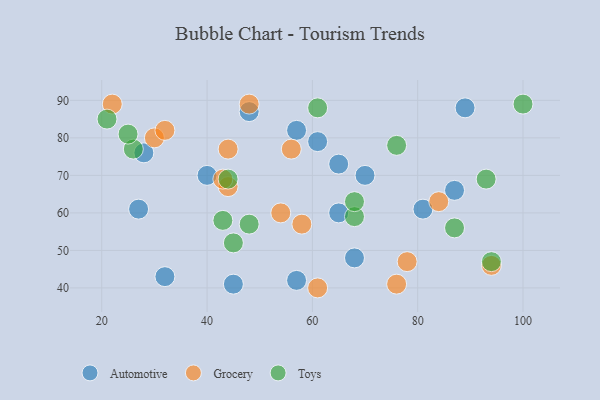
{"axis": {"x": "GDP", "y": "Life Expectancy"}, "legend": ["Automotive", "Grocery", "Toys"], "data": [{"x": "32", "y": 43, "type": "Automotive"}, {"x": "61", "y": 79, "type": "Automotive"}, {"x": "40", "y": 70, "type": "Automotive"}, {"x": "81", "y": 61, "type": "Automotive"}, {"x": "57", "y": 82, "type": "Automotive"}, {"x": "57", "y": 42, "type": "Automotive"}, {"x": "65", "y": 73, "type": "Automotive"}, {"x": "87", "y": 66, "type": "Automotive"}, {"x": "45", "y": 41, "type": "Automotive"}, {"x": "68", "y": 48, "type": "Automotive"}, {"x": "28", "y": 76, "type": "Automotive"}, {"x": "89", "y": 88, "type": "Automotive"}, {"x": "70", "y": 70, "type": "Automotive"}, {"x": "48", "y": 87, "type": "Automotive"}, {"x": "27", "y": 61, "type": "Automotive"}, {"x": "65", "y": 60, "type": "Automotive"}, {"x": "48", "y": 89, "type": "Grocery"}, {"x": "54", "y": 60, "type": "Grocery"}, {"x": "30", "y": 80, "type": "Grocery"}, {"x": "22", "y": 89, "type": "Grocery"}, {"x": "56", "y": 77, "type": "Grocery"}, {"x": "94", "y": 46, "type": "Grocery"}, {"x": "78", "y": 47, "type": "Grocery"}, {"x": "32", "y": 82, "type": "Grocery"}, {"x": "84", "y": 63, "type": "Grocery"}, {"x": "44", "y": 67, "type": "Grocery"}, {"x": "76", "y": 41, "type": "Grocery"}, {"x": "61", "y": 40, "type": "Grocery"}, {"x": "44", "y": 77, "type": "Grocery"}, {"x": "58", "y": 57, "type": "Grocery"}, {"x": "43", "y": 69, "type": "Grocery"}, {"x": "68", "y": 59, "type": "Toys"}, {"x": "94", "y": 47, "type": "Toys"}, {"x": "45", "y": 52, "type": "Toys"}, {"x": "61", "y": 88, "type": "Toys"}, {"x": "44", "y": 69, "type": "Toys"}, {"x": "26", "y": 77, "type": "Toys"}, {"x": "43", "y": 58, "type": "Toys"}, {"x": "76", "y": 78, "type": "Toys"}, {"x": "68", "y": 63, "type": "Toys"}, {"x": "93", "y": 69, "type": "Toys"}, {"x": "25", "y": 81, "type": "Toys"}, {"x": "21", "y": 85, "type": "Toys"}, {"x": "100", "y": 89, "type": "Toys"}, {"x": "48", "y": 57, "type": "Toys"}, {"x": "87", "y": 56, "type": "Toys"}]}